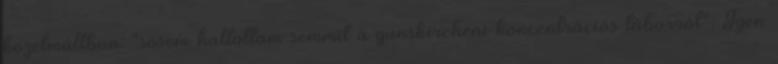
közelmúltban: "sosem hallottam semmit a gunskircheni koncentrációs táborról". Igen